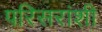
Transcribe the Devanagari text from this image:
परिसरांशी